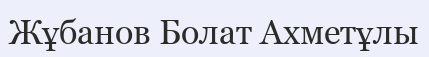
Жұбанов Болат Ахметұлы